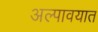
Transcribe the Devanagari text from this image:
अल्पावयात